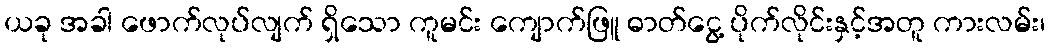
ယခု အခါ ဖောက်လုပ်လျက် ရှိသော ကူမင်း ကျောက်ဖြူ ဓာတ်ငွေ့ ပိုက်လိုင်းနှင့်အတူ ကားလမ်း၊